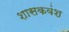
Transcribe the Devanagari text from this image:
शासकवंश